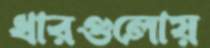
ধারগুলোয়